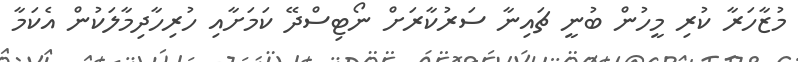
މުޒާހަރާ ކުރި މީހުން ބުނީ ޗައިނާ ސަރުކާރަށް ނޯޓިސްދޭ ކަމަށާއި ހުރިހާދިމާލަކުން އެކަމާ